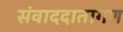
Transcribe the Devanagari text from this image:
संवाददातागण